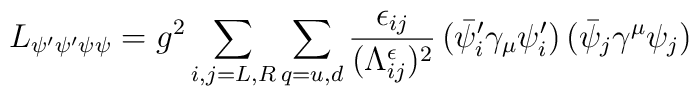
L_{\psi'\psi'\psi\psi}=g^2\sum_{i,j=L,R}\sum_{q=u,d}\frac{\epsilon_{ij}}{(\Lambda_{ij}^{\epsilon})^2}\,(\bar \psi'_i\gamma_\mu \psi'_i)\,(\bar \psi_j\gamma^\mu \psi_j)